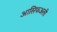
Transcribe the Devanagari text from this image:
आसिफअली